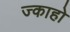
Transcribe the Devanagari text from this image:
ज्काहो